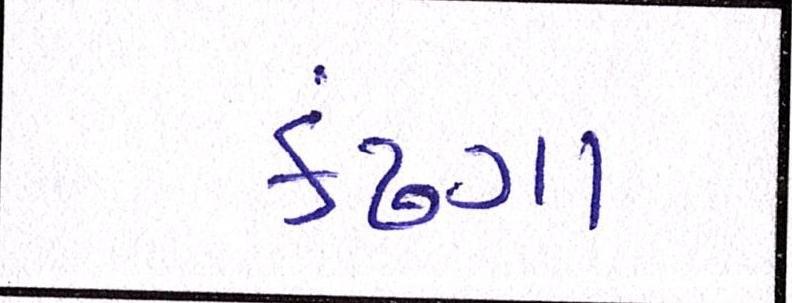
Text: કઢંગા